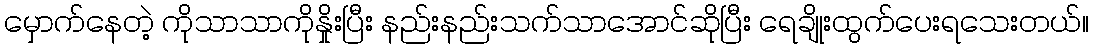
မှောက်နေတဲ့ ကိုသာသာကိုနှိုးပြီး နည်းနည်းသက်သာအောင်ဆိုပြီး ရေချိုးထွက်ပေးရသေးတယ်။